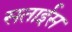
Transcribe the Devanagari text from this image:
सताईस